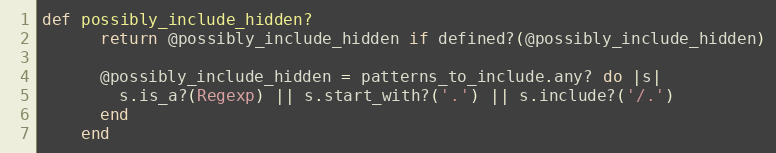
Language: Ruby
def possibly_include_hidden?
      return @possibly_include_hidden if defined?(@possibly_include_hidden)

      @possibly_include_hidden = patterns_to_include.any? do |s|
        s.is_a?(Regexp) || s.start_with?('.') || s.include?('/.')
      end
    end